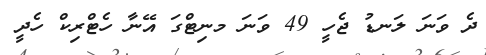
ދެ ވަނަ ލަނޑު ޖެހީ 49 ވަނަ މނިޓްގަ އޭނާ ހެޓްރިކް ހެދީ